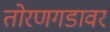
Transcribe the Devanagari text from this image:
तोरणगडावर